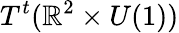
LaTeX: T^{t}(\mathbb{R}^{2}\times U(1))